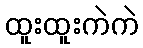
ထူးထူးကဲကဲ